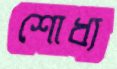
শোধ্য